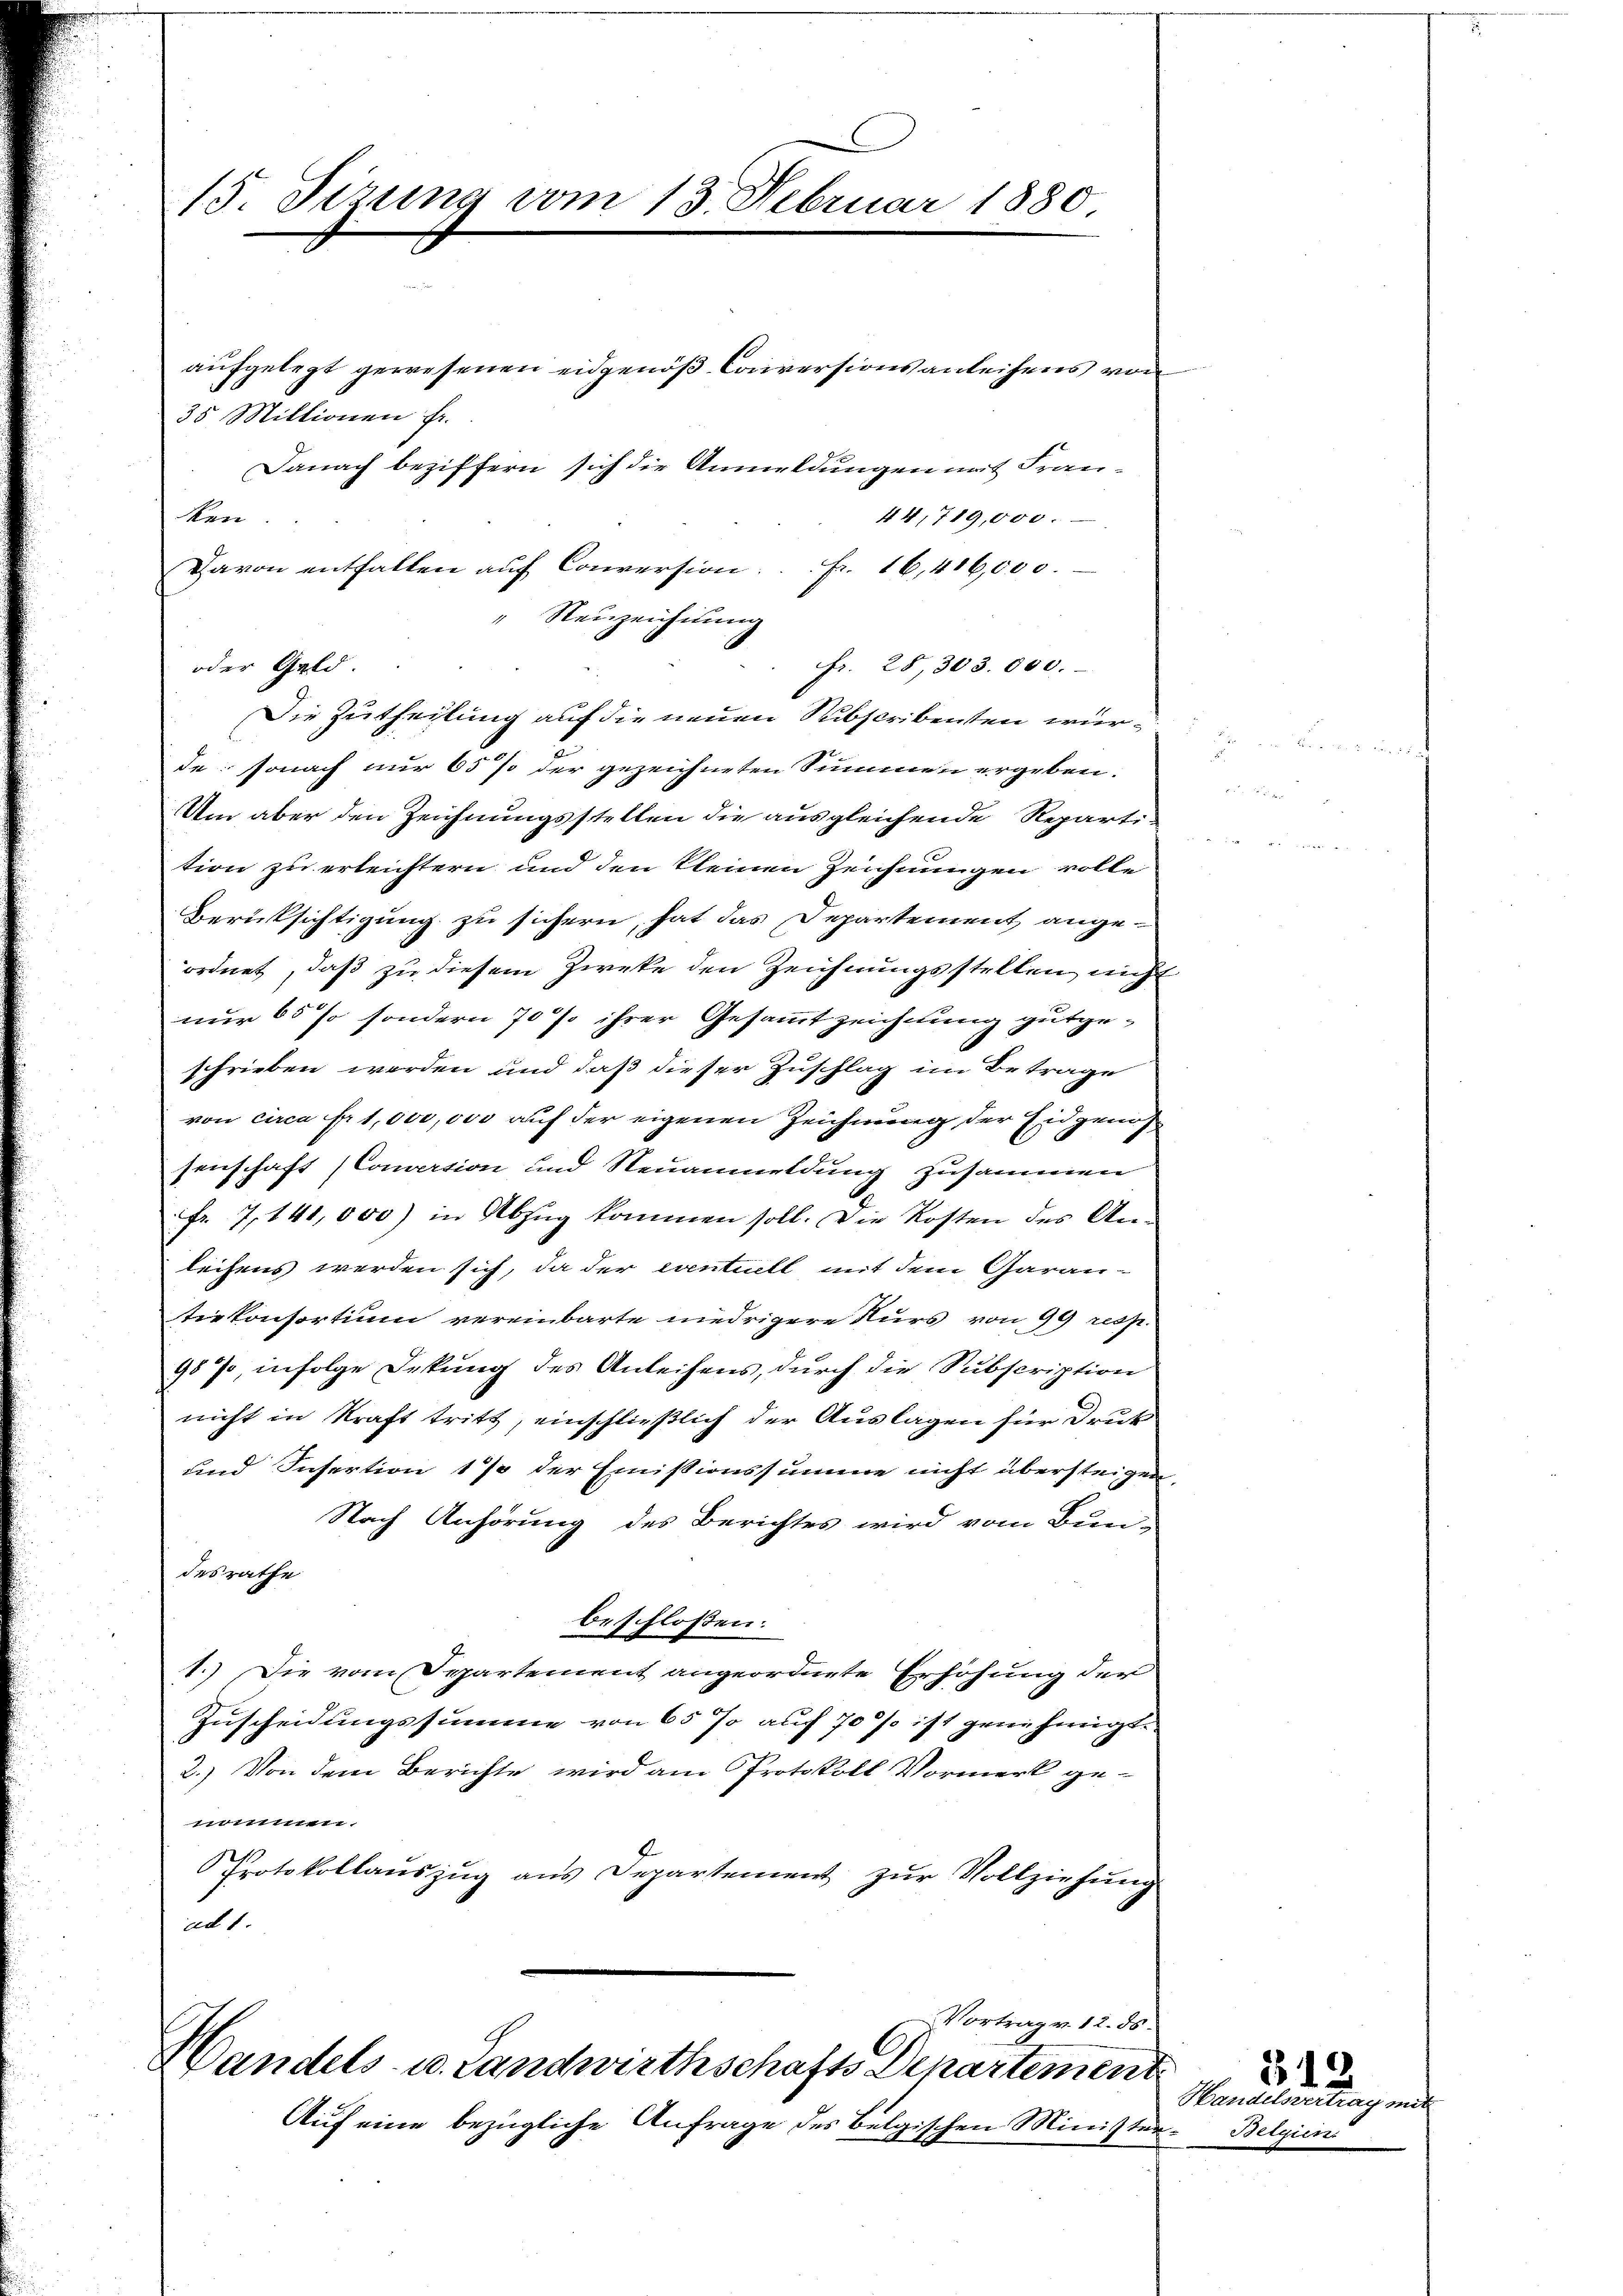
15 Sirung vom 13. Februar 1880

aufgelegt gewesenen eidgenöß-Conversionsanleihens von
35 Millionen Fr.
ken.
44, 719,000.
fr. 28, 303.000.
Die Zutheilung auf die neuen Subscribenten würde: sonach nur 65 % der gezeichneten Summen ergeben.
Um aber den Zeichnungsstellen die ausgleichende Reparti
tion zu erleichtern und den kleinen Zeichnungen volle
Berücksichtigung zu sichern, hat das Departement ange-
ordnet, daß zu diesem Zweke den Zeichnungsstellen nicht
nur 60 so sondern 70 % ihrer Gesammtzeichnung gutgeschrieben werden und daß dieser Zuschlag im Betrage
von circa Fr., die, ou auf der eigenen Zeichnung der Eid genug
senschaft (Conversion und Neuanmeldung zusammen
Fr. 7, 141,000) in Abzug kommen soll. Die Kosten des Anleihens werden sich, da der eventiell mit dem Garantiekonsortium vereinbarte niedrigere Kurs von 99 resp.
987, infolge Dekung des Anleihens, durch die Subscription
nicht in Kraft tritt, einschließlich der Auslagen für Druk
und Insertion 1% der Emissionssumme nicht übersteigen
Nach Anhörung des Berichtes wird vom Bun-
desrathe
beschlossen:
1.) Die vom Separtement angeordnete Erhöhung der
Zuscheidungssumme von 65 % auch 70 % ist genehmigt.
2.) Von dem Berichte wird am Protokoll Vormerk ge¬
.
Protokollauszug aus Departement zur Vollziehung
ad 1.
Vortrag v. 12. ds.
Handels- u. Landwirthschafts Departement
Auf eine bezügliche Anfrage des belgischen Minister¬

oder Geld

Danach beziffern sich die Anmeldungen mit Fran¬

Davon entfallen auf Conversion Fr. 16,416,000.
" Neuzeichnung

Handelsvertrag
Belgien.

312